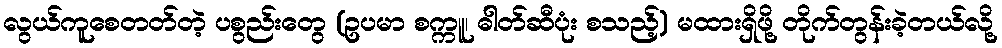
လွယ်ကူစေတတ်တဲ့ ပစွည်းတွေ (ဥပမာ စက္ကူ၊ ဓါတ်ဆီပုံး စသည့်) မထားရှိဖို့ တိုက်တွန်းခဲ့တယ်လို့